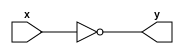

module inv
	(input x, 
	 output y);
	
	assign y = ~x;

endmodule